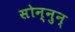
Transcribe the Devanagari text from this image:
सोन्नुन्